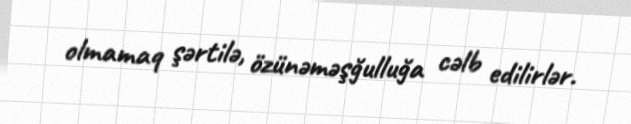
olmamaq şərtilə, özünəməşğulluğa cəlb edilirlər.